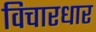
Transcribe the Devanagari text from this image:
विचारधार